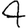
Digit: 4